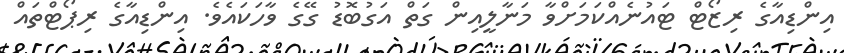
އިންޑިއާގެ ރިޒޯޓް ޓައުނެއްކަމަށްވާ މަނާލީއިން ގަތް އަގުބޮޑު ގޭގެ ވާހަކައެވެ. އިންޑިއާގެ ރިޕޯޓްތައް